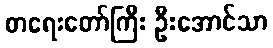
စာရေးတော်ကြီး ဦးအောင်သာ